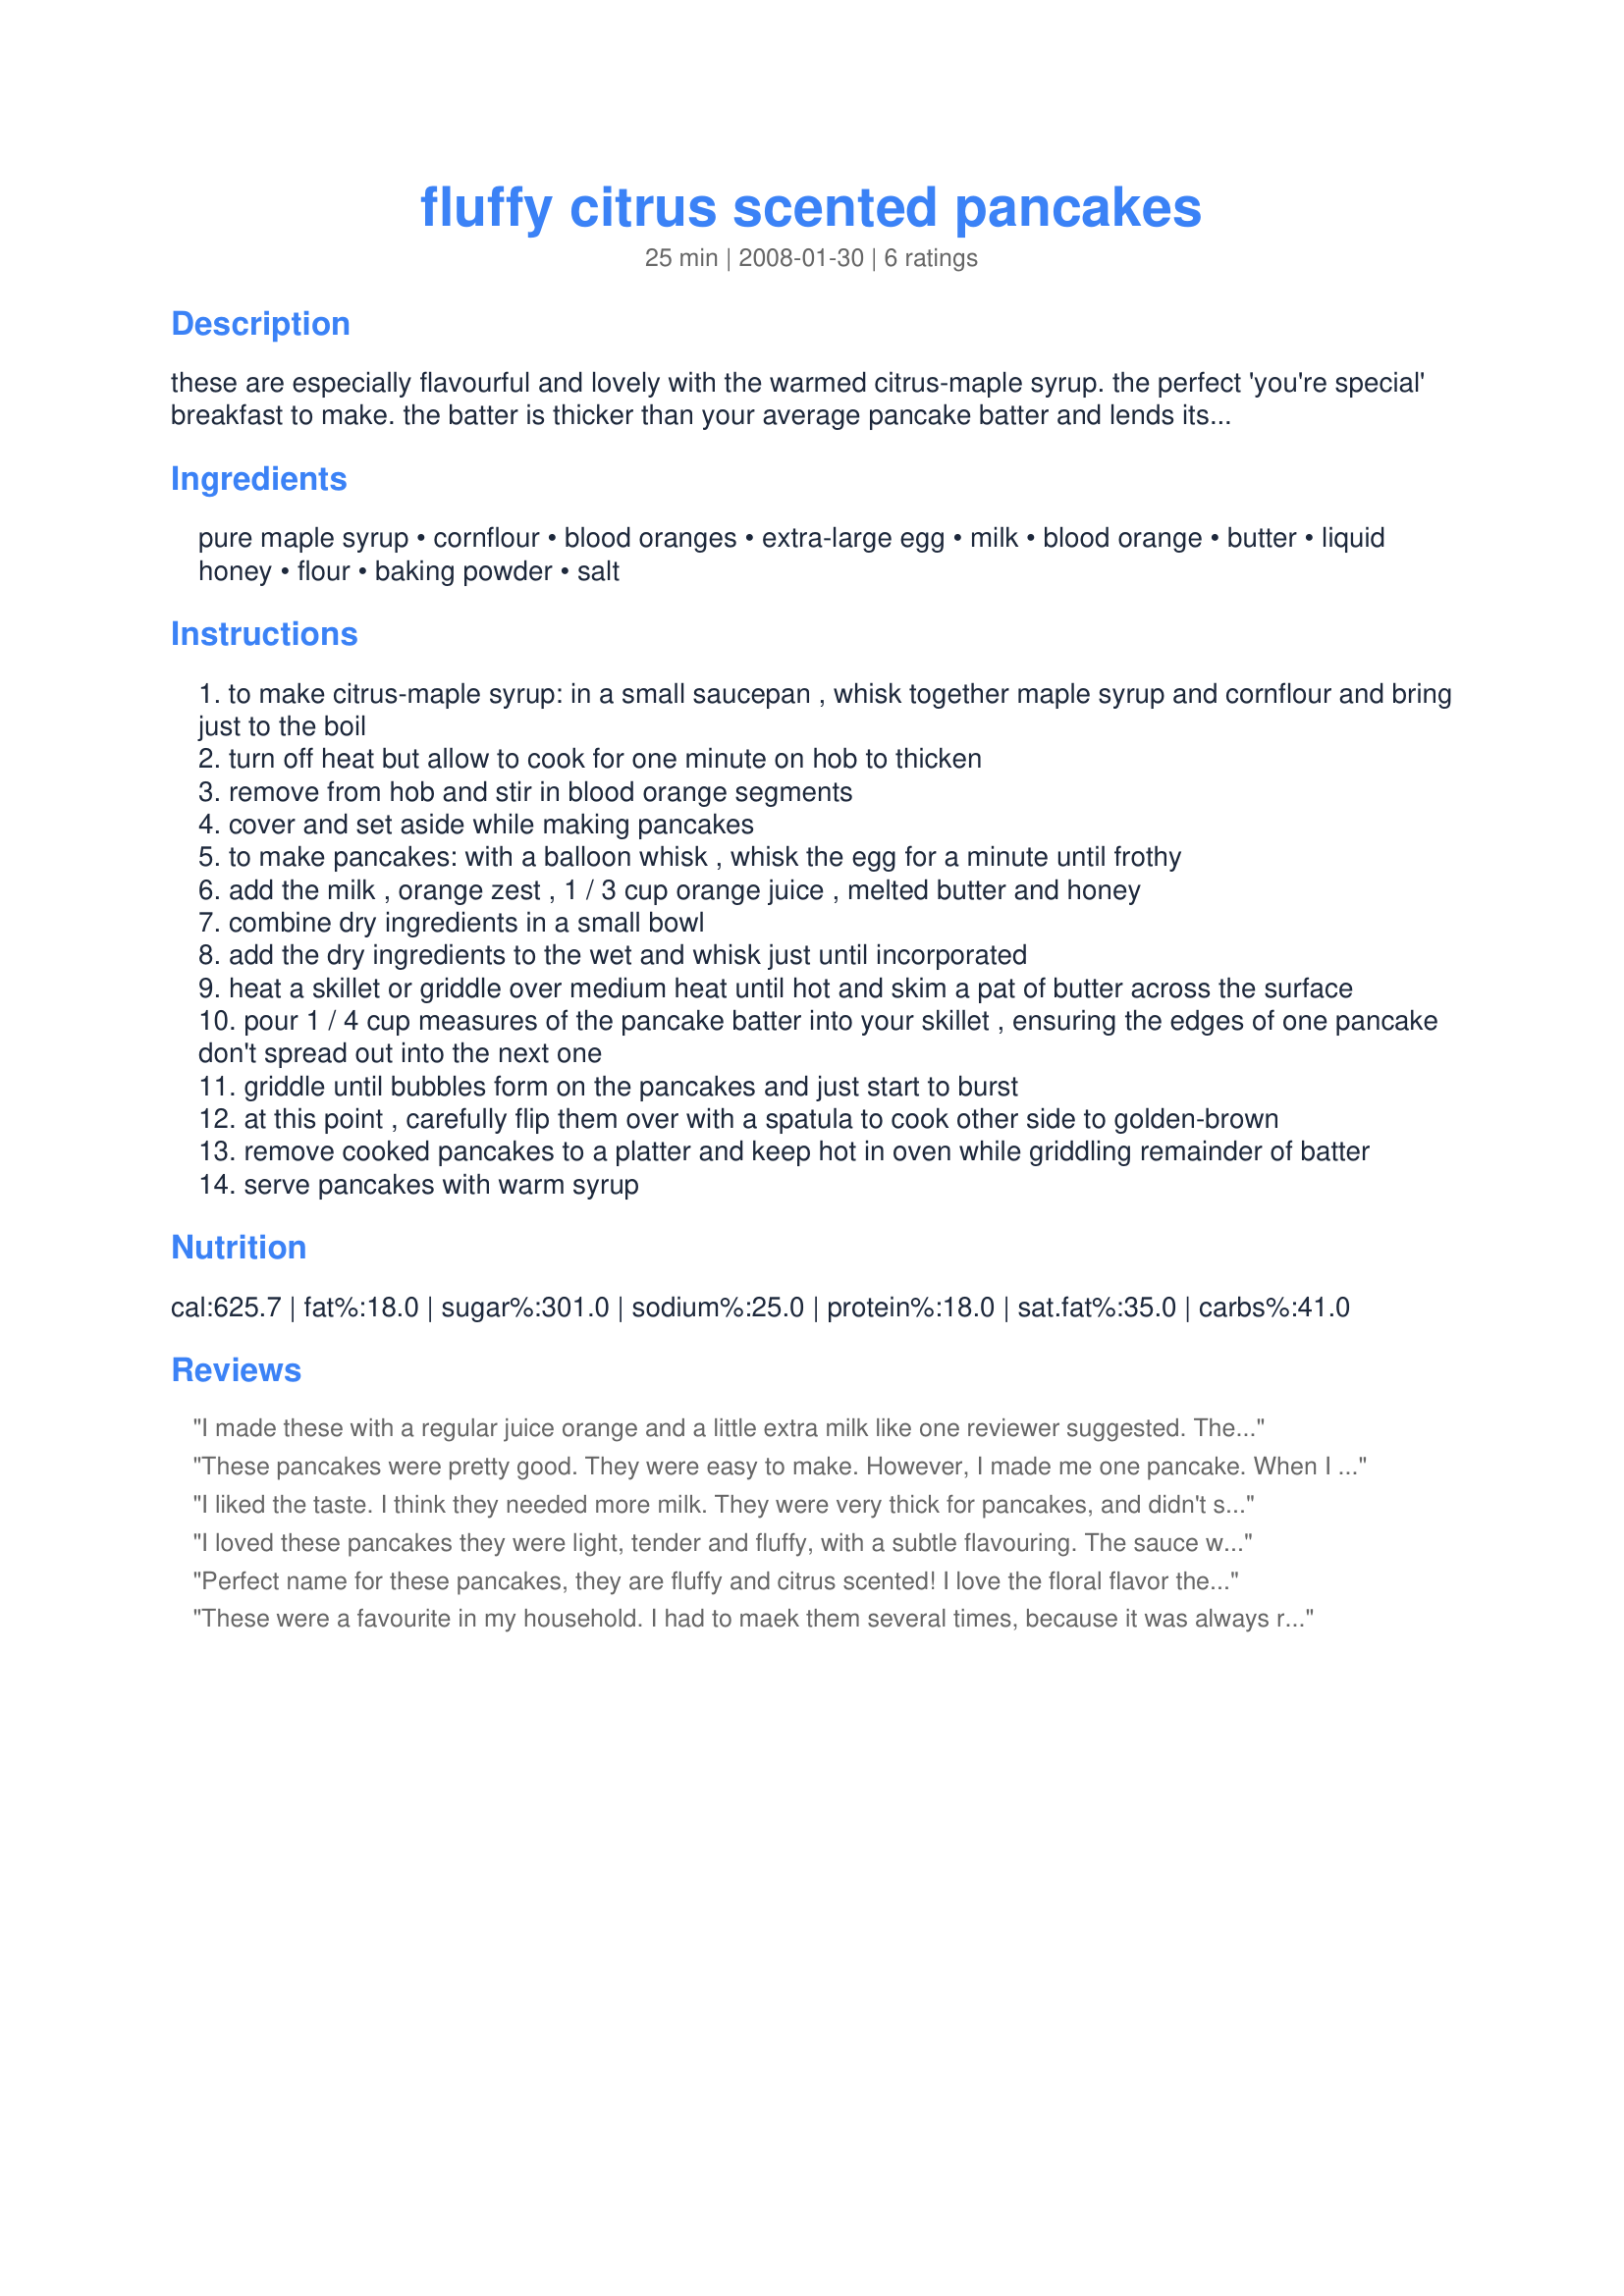
fluffy citrus scented pancakes
Preparation time: 25 minutes

these are especially flavourful and lovely with the warmed citrus-maple syrup. the perfect 'you're special' breakfast to make. the batter is thicker than your average pancake batter and lends itself to making shapes with the kids. :-)

Ingredients:
pure maple syrup, cornflour, blood oranges, extra-large egg, milk, blood orange, butter, liquid honey, flour, baking powder, salt

Steps:
to make citrus-maple syrup: in a small saucepan , whisk together maple syrup and cornflour and bring just to the boil
turn off heat but allow to cook for one minute on hob to thicken
remove from hob and stir in blood orange segments
cover and set aside while making pancakes
to make pancakes: with a balloon whisk , whisk the egg for a minute until frothy
add the milk , orange zest , 1 / 3 cup orange juice , melted butter and honey
combine dry ingredients in a small bowl
add the dry ingredients to the wet and whisk just until incorporated
heat a skillet or griddle over medium heat until hot and skim a pat of butter across the surface
pour 1 / 4 cup measures of the pancake batter into your skillet , ensuring the edges of one pancake don't spread out into the next one
griddle until bubbles form on the pancakes and just start to burst
at this point , carefully flip them over with a spatula to cook other side to golden-brown
remove cooked pancakes to a platter and keep hot in oven while griddling remainder of batter
serve pancakes with warm syrup

Reviews:
I made these with a regular juice orange and a little extra milk like one reviewer suggested. They are so fluffy and citrusy, just what I was craving for Valentine&#039;s Day!
These pancakes were pretty good. They were easy to make. However, I made me one pancake. When I went to make another one, the batter had discolored. It was weird. I didn't make another one because of it. I don't know what caused the discoloration. I made them a second time, but on another day, but that time I purt plastic wrap over the top of the bowl and put it in the refrigerator to let the flavors meld a little bit, and I wanted to see if the batter would discolor again, and it did. Other than that, these pancakes are good. The syrup has a good flavor that enhances the flavor of the pancakes. Good luck with the contest. I will probably make these again and just get used to the batter discoloring. Good luck in the contest.
I liked the taste. I think they needed more milk. They were very thick for pancakes, and didn't spread on the griddle. WHen I flipped then, I had to squish them down. And of course, that made them not so light and fluffy! I added some milk to the remaining batter, and the second batch cooked much more like what I am used to for a pancake.
I loved these pancakes they were light, tender and fluffy, with a subtle flavouring. The sauce was just excellant; with a citrus flavour that was sweet and tangy, beautiful presentation, and lastly was a lovely colour. I added 1 extra cup of milk, as I found the batter thick to work with. Your use of the contest ingredients was wonderful. Good Luck in the contest.
Perfect name for these pancakes, they are fluffy and citrus scented! I love the floral flavor the blood oranges give to them. And the syrup really enhances that flavor. I did halve the syrup amount, but still used the 1 blood orange for the segments in it (we might have liked 2 even!). Other reviewers are right, the batter is thick, it should not be a problem cooking them though, if you stretch it out as you spoon it on to the griddle (or you could quickly and gently spread it right after you lay it on). The positives to the thick batter are 1) the fluffiness and 2) you can make snowpeople or other shapes easily with it! For us, this served 2 people. These pancakes are delicious and something you might expect to be served at an upscale B&B!
These were a favourite in my household. I had to maek them several times, because it was always requested. Good job on creating this recipe!
